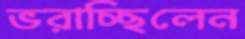
ভরাচ্ছিলেন